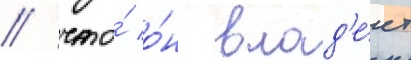
/ что́ о́н влад'е́ет